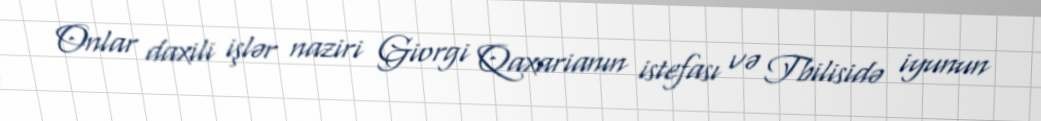
Onlar daxili işlər naziri Giorgi Qaxarianın istefası və Tbilisidə iyunun